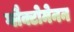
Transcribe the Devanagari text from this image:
ग्लैक्टोमेनन